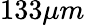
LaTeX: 133\mu m